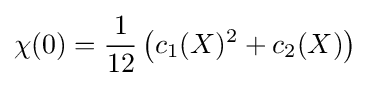
\chi (0)={\frac {1}{12}}\left(c_{1}(X)^{2}+c_{2}(X)\right)